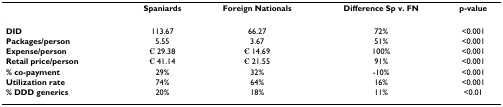
<table><thead><tr><td></td><td><b>Spaniards</b></td><td><b>Foreign Nationals</b></td><td><b>Difference Sp v. FN</b></td><td><b>p-value</b></td></tr></thead><tbody><tr><td><b>DID</b></td><td>113.67</td><td>66.27</td><td>72%</td><td>&lt;0.001</td></tr><tr><td><b>Packages/person</b></td><td>5.55</td><td>3.67</td><td>51%</td><td>&lt;0.001</td></tr><tr><td><b>Expense/person</b></td><td>€ 29.38</td><td>€ 14.69</td><td>100%</td><td>&lt;0.001</td></tr><tr><td><b>Retail price/person</b></td><td>€ 41.14</td><td>€ 21.55</td><td>91%</td><td>&lt;0.001</td></tr><tr><td><b>% co-payment</b></td><td>29%</td><td>32%</td><td>-10%</td><td>&lt;0.001</td></tr><tr><td><b>Utilization rate</b></td><td>74%</td><td>64%</td><td>16%</td><td>&lt;0.001</td></tr><tr><td><b>% DDD generics</b></td><td>20%</td><td>18%</td><td>11%</td><td>&lt;0.01</td></tr></tbody></table>